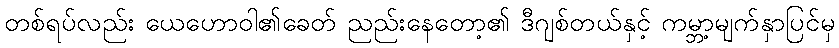
တစ်ရပ်လည်း ယေဟောဝါ၏ခေတ် ညည်းနေတော့၏ ဒီဂျစ်တယ်နှင့် ကမ္ဘာ့မျက်နှာပြင်မှ